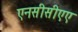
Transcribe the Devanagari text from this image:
एनसीसीएए